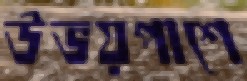
উভয়পাশে